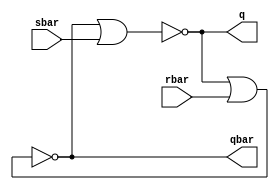
/////////////////////////////////DESIGN BLOCK /////////////////////////////
`timescale 1ns / 1ps
module SR_Latch( q,qbar, sbar,rbar);
input sbar,rbar;
output q,qbar;
nor n1(q,qbar,sbar);
nor n2(qbar,q,rbar);
endmodule

////////////////////////////////TESTBENCH BLCOK/////////////////////////////
module SR_Latch_testbench();
reg set,reset;
wire q,qbar;
SR_Latch sr(q,qbar,set,reset);
initial
begin
$monitor($time, "set = %b,reset =%b,q = %b, qbar = %b",set,reset,q,qbar);
end 
initial
begin
set=1'b0;reset=1'b1;
 #5 set=1'b1;reset=1'b0;
 #5 set=1'b1;reset=1'b1;
 #5 set=1'b1;reset=1'b1;
 end
 endmodule